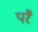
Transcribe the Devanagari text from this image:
परेै